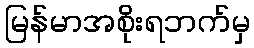
မြန်မာအစိုးရဘက်မှ